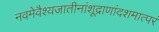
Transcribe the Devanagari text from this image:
नवमेवैश्यजातीनांशूद्राणांदशमात्परं